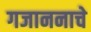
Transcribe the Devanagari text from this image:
गजाननाचे